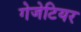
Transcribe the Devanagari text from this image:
गेजेटियर